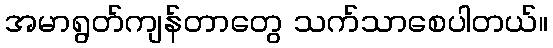
အမာရွတ်ကျန်တာတွေ သက်သာစေပါတယ်။